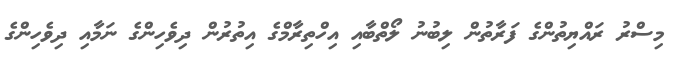
މިސްރު ރައްޔިތުންގެ ފަރާތުން ލިބުނު ލޯތްބާއި އިހްތިރާމްގެ އިތުރުން ދިވެހިންގެ ނަމާއި ދިވެހިންގެ